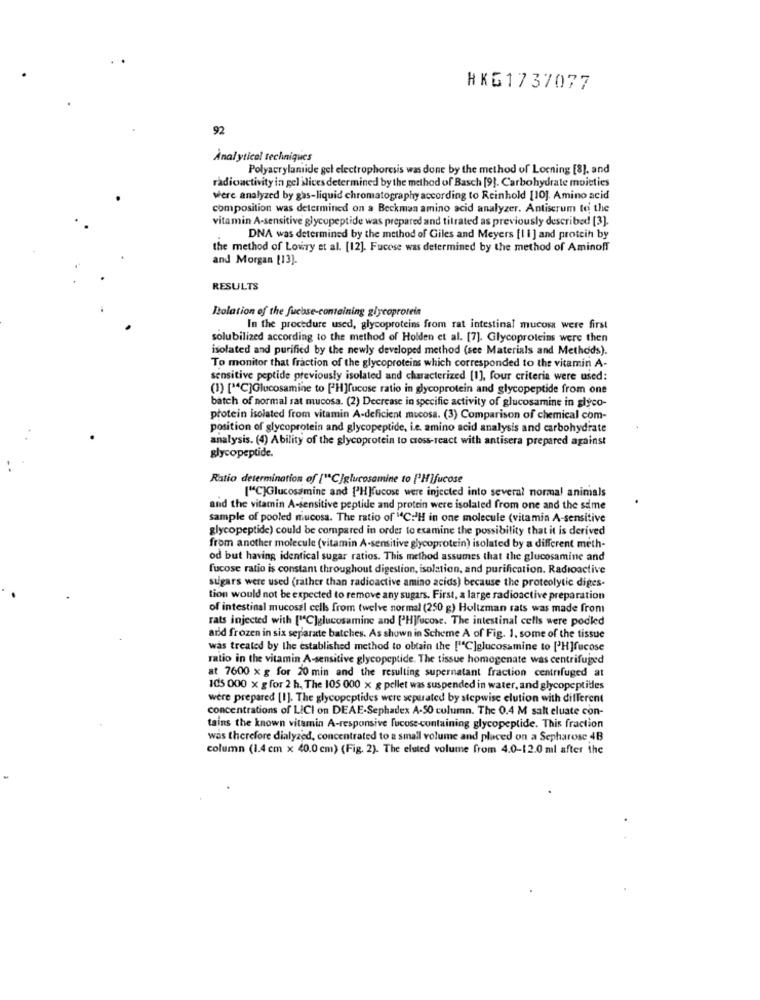
HKG1737077
92
Analytical techniques
Polyacrylamide gel electrophoresis was done by the method of Locning [8], and
radioactivity in gel ilices determined by the method of Basch [9]. Carbohydrate moieties
were analyzed by gas-liquid chromatography according to Reinhold [10]. Amino acid
composition was determined on a Beckman amino acid analyzer. Antiscrum te the
vitamin A-sensitive glycopeptide was prepared and titrated as previously described [3].
DNA was determined by the method of Giles and Meyers [Ii ] and protein by
the method of Lowry et al. [12]. Fucose was determined by the method of Aminoff
and Morgan [13].
RESULTS
Isolation of the fuchse-containing glycoprotein
In the procedure used, glycoproteins from rat intestinal mucosa were first
solubilized according to the method of Holden et al. [7]. Glycoproteins were then
isolated and purified by the newly developed method (see Materials and Methods).
To monitor that fraction of the glycoproteins which corresponded to the vitamin A-
sensitive peptide previously isolated and characterized [1], four criteria were used:
(1) [C]Glucosamine to [H]fucose ratio in glycoprotein and glycopeptide from one
batch of normal rat mucosa. (2) Decrease in specific activity of glucosamine in glyco-
protein isolated from vitamin A-deficient mucosa. (3) Comparison of chemical com-
position of glycoprotein and glycopeptide, i.e. amino acid analysis and carbohydrate
analysis. (4) Ability of the glycoprotein to cross-react with antisera prepared against
glycopeptide.
Ratio determination of ["C]glucosamine to ['Hifucose
["C]Glucosamine and ['H]fucose were injected into several normal animals
and the vitamin A-sensitive peptide and protein were isolated from one and the same
sample of pooled niucosa. The ratio of "C:'H in one molecule (vitamin A-sensitive
glycopeptide) could be compared in order to examine the possibility that it is derived
from another molecule (vitamin A-sensitive glycoprotein) isolated by a different meth-
od but having identical sugar ratios. This method assumes that the glucosamine and
fucose ratio is constant throughout digestion, isolation, and purification. Radioactive
sugars were used (rather than radioactive amino acids) because the proteolytic diges-
tion would not be expected to remove any sugars. First, a large radioactive preparation
of intestinal mucosal cells from twelve normal (250 g) Holtzman rats was made from
rats injected with ["C]glucosamine and ['Hjfucose. The intestinal cells were podled
add frozen in six separate batches. As shown in Scheme A of Fig. 1. some of the tissue
was treated by the established method to obtain the ["C]glucosamine to ['H]fucose
ratio in the vitamin A-sensitive glycopeptide. The tissue homogenate was centrifuged
at 7600 x g for 20 min and the resulting supernatant fraction centrifuged at
105 000 x g for 2 h, The 105 000 x g pellet was suspended in water, and glycopeptides
were prepared [1]. The glycopeptides were separated by stepwise elution with different
concentrations of LICI on DEAE-Sephadex A-50 column. The 0.4 M salt cluate con-
tains the known vitamin A-responsive fucose-containing glycopeptide. This fraction
was therefore dialyzed, concentrated to a small volume and placed on a Sepharose 4B
column (1.4 cm x 40.0 cm) (Fig. 2). The eluted volume from 4.0-12.0 ml after the